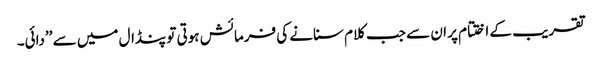
تقریب کے اختتام پر ان سے جب کلام سنانے کی فرمائش ہوتی تو پنڈال میں سے ’’دائی۔